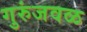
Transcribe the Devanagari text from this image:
गुरुंजवळ